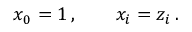
x _ { 0 } = 1 \, , \qquad x _ { i } = z _ { i } \, .